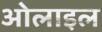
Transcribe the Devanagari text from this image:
ओलाइल